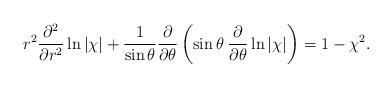
LaTeX: \begin{align*}r^{2}\frac{\partial^{2}}{\partial r^{2}}\ln|\chi|+\frac{1}{\sin\theta}\frac{\partial}{\partial\theta}\left(\sin\theta\:\frac{\partial}{\partial\theta}\ln|\chi|\right)=1-\chi^{2}.\end{align*}